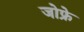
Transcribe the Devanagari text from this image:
जोफ्रे